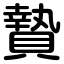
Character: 贄